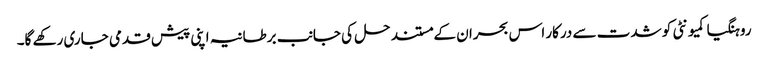
روہنگیا کمیونٹی کو شدت سے درکار اس بحران کے مستند حل کی جانب برطانیہ اپنی پیش قدمی جاری رکھے گا۔